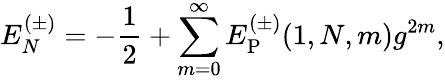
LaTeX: E_{N}^{(\pm)}=-{\frac{1}{2}}+\sum_{m=0}^{\infty}E_{\mathrm{P}}^{(\pm)}(1,N,m)g^{2m},